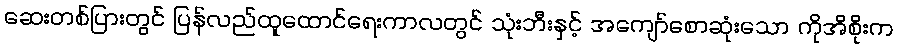
ဆေးတစ်ပြားတွင် ပြန်လည်ထူထောင်ရေးကာလတွင် သုံးဘီးနှင့် အကျော်စောဆုံးသော ကိုအိစိုးက